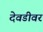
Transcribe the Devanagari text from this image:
देवडीवर